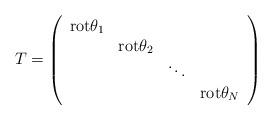
LaTeX: \begin{align*}T=\left(\begin{array}{cccc}{\rm rot} \theta_1 & & & \\ & {\rm rot} \theta_2 & & \\ & & \ddots & \\ & & & {\rm rot} \theta_N \\\end{array}\right)\end{align*}